Report on the cholera epidemic of
Year: 1868
Disease focus: Cholera
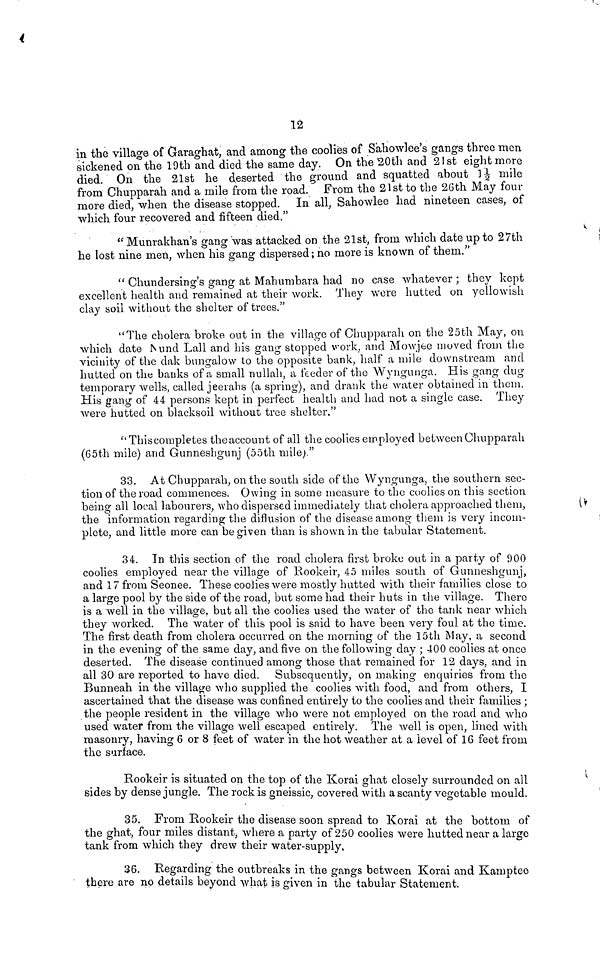
12
in the village of Garaghat, and among the coolies of Sahowlee's gangs three men
sickened on the 19th and died the same day. On the 20th and 21st eight more
died. On the 21st he deserted the ground and squatted about 1½ mile
from Chupparah and a mile from the road. From the 21st to the 26th May four
more died, when the disease stopped. In all, Sahowlee had nineteen cases, of
which four recovered and fifteen died."
" Munrakhan's gang was attacked on the 21st, from which date up to 27th
he lost nine men, when his gang dispersed; no more is known of them."
" Chundersing's gang at Mahumbara had no case whatever ; they kept
excellent health and remained at their work. They were hutted on yellowish
clay soil without the shelter of trees."
"The cholera broke out in the village of Chupparah on the 25th May, on
which date Nund Lall and his gang stopped work, and Mowjee moved from the
vicinity of the dak bungalow to the opposite bank, half a mile downstream and
hutted on the banks of a small nullah, a feeder of the Wyngunga. His gang dug
temporary wells, called jeerahs (a spring), and drank the water obtained in them.
His gang of 44 persons kept in perfect health and had not a single case. They
were hutted on blacksoil without tree shelter."
"Thiscompletes the account of all the coolies employed between Chupparah
(65th mile) and Gunneshgunj (55th mile)."
33. At Chupparah, on the south side of the Wyngunga, the southern sec-
tion of the road commences. Owing in some measure to the coolies on this section,
being all local labourers, who dispersed immediately that cholera approached them,
the information regarding the diflusion of the disease among them is very incom-
plete, and little more can be given than is shown in the tabular Statement.
34. In this section of the road cholera first broke out in a party of 900
coolies employed near the village of Rookeir, 45 miles south of Gunneshgunj,
and 17 from Seonee. These coolies were mostly hutted with their families close to
a large pool by the side of the road, but some had their huts in the village. There
is a well in the village, but all the coolies used the water of the tank near which
they worked. The water of this pool is said to have been very foul at the time.
The first death from cholera occurred on the morning of the 15th May, a second
in the evening of the same day, and five 011 the following day ; 400 coolies at once
deserted. The disease continued among those that remained for 12 days, and in
all 30 are reported to have died. Subsequently, on making enquiries from the
Bunneah in the village who supplied the coolies with food, and from others, I
ascertained that the disease was confined entirely to the coolies and their families ;
the people resident in the village who were not employed on the road and who
used water from the village well escaped entirely. The well is open, lined with
masonry, having 6 or 8 feet of water in the hot weather at a level of 16 feet from
the surface.
Rookeir is situated on the top of the Korai ghat closely surrounded on all
sides by dense jungle. The rock is gneissic, covered with a scanty vegetable mould.
35. From Rookeir the disease soon spread to Korai at the bottom of
the ghat, four miles distant, where a party of 250 coolies were hutted near a large
tank from which they drew their water-supply,
36. Regarding the outbreaks in the gangs between Korai and Kamptee
there are no details beyond what is given in "the tabular Statement.